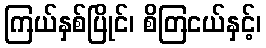
ကြယ်နှစ်ပြိုင်၊ စိတြငယ်နှင့်၊